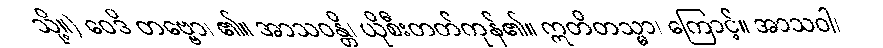
သို့။) ဝေဒိ တဗ္ဗော၊ ၏။ အာသဝန္တိ၊ ယိုစီးတတ်ကုန်၏။ ဣတိတသ္မာ၊ ကြောင့်။ အာသဝါ၊